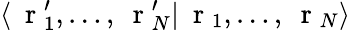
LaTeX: \langle\mathrm{~\mathbf~r~}_{1}^{\prime},\dots,\mathrm{~\mathbf~r~}_{N}^{\prime}|\mathrm{~\mathbf~r~}_{1},\dots,\mathrm{~\mathbf~r~}_{N}\rangle